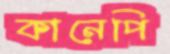
কানেপি